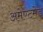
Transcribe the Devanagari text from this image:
अमेण्टमेड